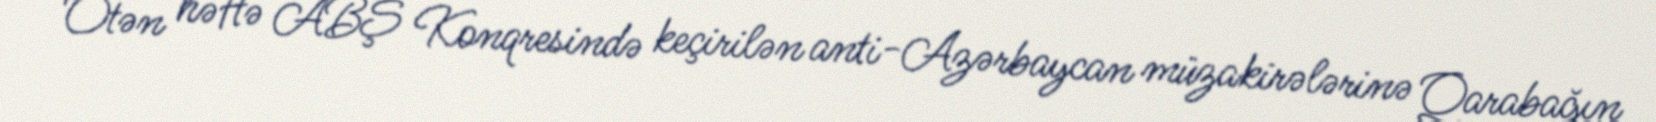
Ötən həftə ABŞ Konqresində keçirilən anti-Azərbaycan müzakirələrinə Qarabağın